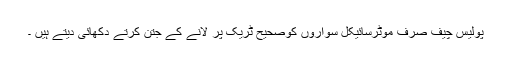
پولیس چیف صرف موٹرسائیکل سواروں کوصحیح ٹریک پر لانے کے جتن کرتے دکھائی دیتے ہیں ۔